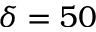
\delta = 5 0